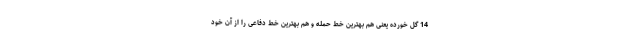
14 گل خورده یعنی هم بهترین خط حمله و هم بهترین خط دفاعی را از آن خود